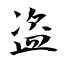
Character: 盗